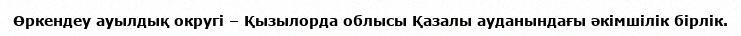
Өркендеу ауылдық округі – Қызылорда облысы Қазалы ауданындағы әкімшілік бірлік.